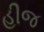
હીજ